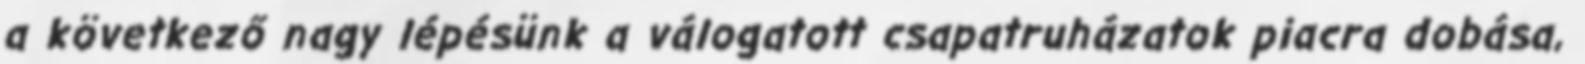
a következő nagy lépésünk a válogatott csapatruházatok piacra dobása,